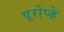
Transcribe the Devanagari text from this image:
यूरोप्के